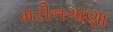
મરીનગાણા